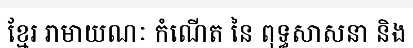
ខ្មែរ រាមាយណៈ កំណើត នៃ ពុទ្ធសាសនា និង